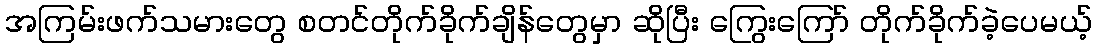
အကြမ်းဖက်သမားတွေ စတင်တိုက်ခိုက်ချိန်တွေမှာ ဆိုပြီး ကြွေးကြော် တိုက်ခိုက်ခဲ့ပေမယ့်